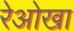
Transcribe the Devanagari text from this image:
रेओखा